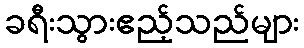
ခရီးသွားဧည့်သည်များ